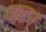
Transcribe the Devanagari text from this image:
वाटन